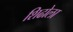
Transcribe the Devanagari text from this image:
शिढोला